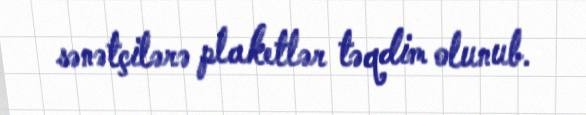
sənətçilərə plaketlər təqdim olunub.